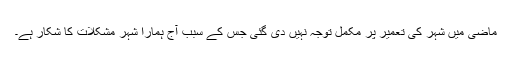
ماضی میں شہر کی تعمیر پر مکمل توجہ نہیں دی گئی جس کے سبب آج ہمارا شہر مشکلات کا شکار ہے۔